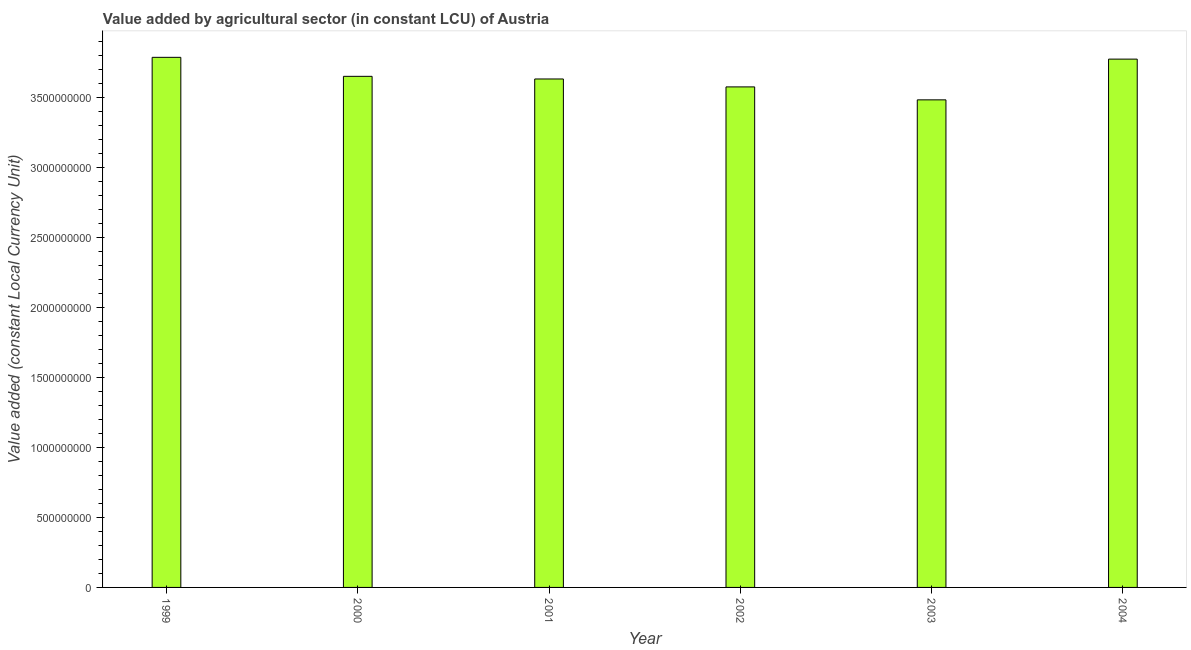
| Year | Agriculture |
 | --- | --- |
 | 1999 | 3.78e+09 |
 | 2000 | 3.65e+09 |
 | 2001 | 3.63e+09 |
 | 2002 | 3.57e+09 |
 | 2003 | 3.48e+09 |
 | 2004 | 3.77e+09 |